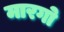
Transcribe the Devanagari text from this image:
मारगो